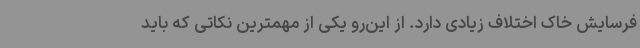
فرسایش خاک اختلاف زیادی دارد. از این‌رو یکی از مهمترین نکاتی که باید